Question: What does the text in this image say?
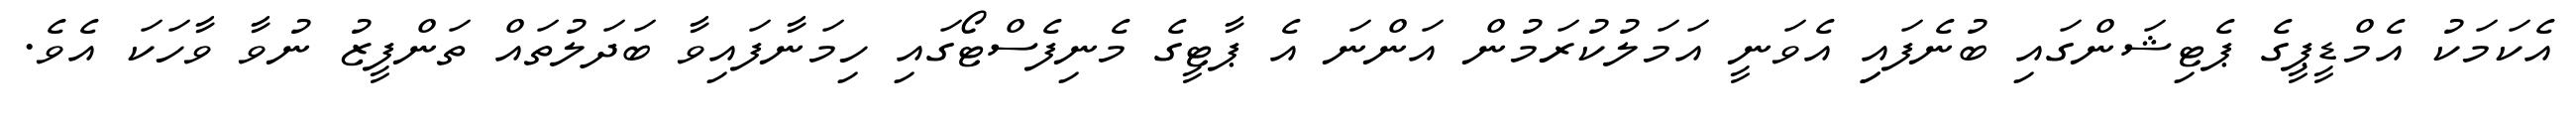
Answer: އެކަމަކު އެމްޑީޕީގެ ޕެޓިޝަންގައި ބުނެފައިި އެވަނީ އަމަލުކުރަމުން އަންނަ އެ ޕާޓީގެ މެނިފެސްޓޯގައި ހިމަނާފައިވާ ބަދަލުތައް ތަންފީޒު ނުވާ ވާހަކަ އެވެ.